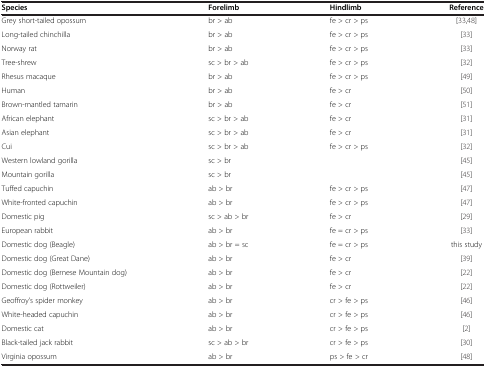
<table><thead><tr><td><b>Species</b></td><td><b>Forelimb</b></td><td><b>Hindlimb</b></td><td><b>Reference</b></td></tr></thead><tbody><tr><td>Grey short-tailed opossum</td><td>br &gt; ab</td><td>fe &gt; cr &gt; ps</td><td>[33,48]</td></tr><tr><td>Long-tailed chinchilla</td><td>br &gt; ab</td><td>fe &gt; cr &gt; ps</td><td>[33]</td></tr><tr><td>Norway rat</td><td>br &gt; ab</td><td>fe &gt; cr &gt; ps</td><td>[33]</td></tr><tr><td>Tree-shrew</td><td>sc &gt; br &gt; ab</td><td>fe &gt; cr &gt; ps</td><td>[32]</td></tr><tr><td>Rhesus macaque</td><td>br &gt; ab</td><td>fe &gt; cr &gt; ps</td><td>[49]</td></tr><tr><td>Human</td><td>br &gt; ab</td><td>fe &gt; cr</td><td>[50]</td></tr><tr><td>Brown-mantled tamarin</td><td>br &gt; ab</td><td>fe &gt; cr</td><td>[51]</td></tr><tr><td>African elephant</td><td>sc &gt; br &gt; ab</td><td>fe &gt; cr</td><td>[31]</td></tr><tr><td>Asian elephant</td><td>sc &gt; br &gt; ab</td><td>fe &gt; cr</td><td>[31]</td></tr><tr><td>Cui</td><td>sc &gt; br &gt; ab</td><td>fe &gt; cr &gt; ps</td><td>[32]</td></tr><tr><td>Western lowland gorilla</td><td>sc &gt; br</td><td> </td><td>[45]</td></tr><tr><td>Mountain gorilla</td><td>sc &gt; br</td><td> </td><td>[45]</td></tr><tr><td>Tuffed capuchin</td><td>ab &gt; br</td><td>fe &gt; cr &gt; ps</td><td>[47]</td></tr><tr><td>White-fronted capuchin</td><td>ab &gt; br</td><td>fe &gt; cr &gt; ps</td><td>[47]</td></tr><tr><td>Domestic pig</td><td>sc &gt; ab &gt; br</td><td>fe &gt; cr</td><td>[29]</td></tr><tr><td>European rabbit</td><td>ab &gt; br</td><td>fe = cr &gt; ps</td><td>[33]</td></tr><tr><td>Domestic dog (Beagle)</td><td>ab &gt; br = sc</td><td>fe = cr &gt; ps</td><td>this study</td></tr><tr><td>Domestic dog (Great Dane)</td><td>ab &gt; br</td><td>fe &gt; cr</td><td>[39]</td></tr><tr><td>Domestic dog (Bernese Mountain dog)</td><td>ab &gt; br</td><td>fe &gt; cr</td><td>[22]</td></tr><tr><td>Domestic dog (Rottweiler)</td><td>ab &gt; br</td><td>fe &gt; cr</td><td>[22]</td></tr><tr><td>Geoffroy’s spider monkey</td><td>ab &gt; br</td><td>cr &gt; fe &gt; ps</td><td>[46]</td></tr><tr><td>White-headed capuchin</td><td>ab &gt; br</td><td>cr &gt; fe &gt; ps</td><td>[46]</td></tr><tr><td>Domestic cat</td><td>ab &gt; br</td><td>cr &gt; fe &gt; ps</td><td>[2]</td></tr><tr><td>Black-tailed jack rabbit</td><td>sc &gt; ab &gt; br</td><td>cr &gt; fe &gt; ps</td><td>[30]</td></tr><tr><td>Virginia opossum</td><td>ab &gt; br</td><td>ps &gt; fe &gt; cr</td><td>[48]</td></tr></tbody></table>